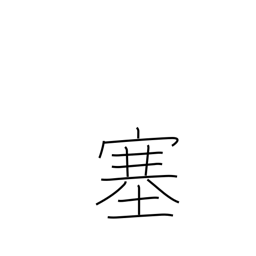
Meaning: shut